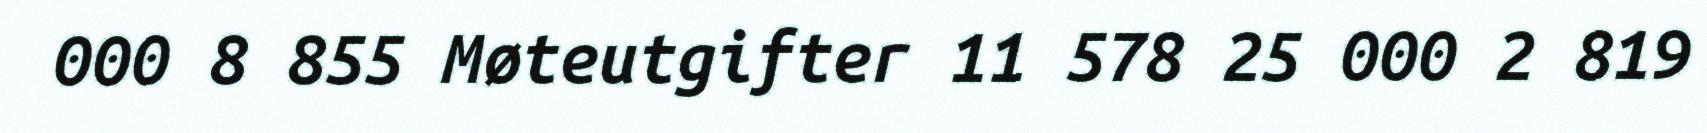
000 8 855 Møteutgifter 11 578 25 000 2 819